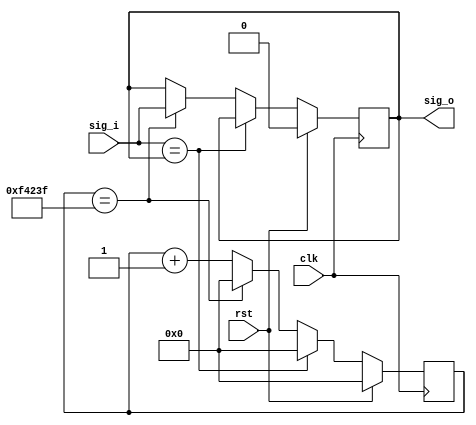
module anti_jitter (
	input wire clk,  // main clock
	input wire rst,  // synchronous reset
	input wire sig_i,  // input signal with jitter noises
	output wire sig_o  // output signal without jitter noises
	);
	
	parameter
		CLK_FREQ = 100,  // main clock frequency in MHz
		JITTER_MAX = 10000;  // longest time for jitter noises in us
	parameter
		INIT_VALUE = 0;  // initialized output value
	localparam
		CLK_COUNT = CLK_FREQ * JITTER_MAX;  // CLK_FREQ * 1000000 / (1000000 / JITTER_MAX)
	
	reg [31:0] clk_count = 0;
	reg buff = INIT_VALUE;
	
	always @(posedge clk) begin
		if (rst) begin
			clk_count <= 0;
			buff <= INIT_VALUE;
		end
		else if (sig_i == sig_o) begin
			clk_count <= 0;
		end
		else if (clk_count == CLK_COUNT-1) begin
			clk_count <= 0;
			buff <= sig_i;
		end
		else begin
			clk_count <= clk_count + 1'h1;
		end
	end
	
	assign sig_o = buff;
	
endmodule